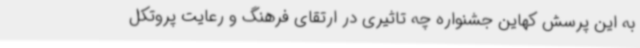
به این پرسش کهاین جشنواره چه تاثیری در ارتقای فرهنگ و رعایت پروتکل